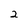
Character: 2